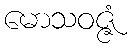
မောသဝဇ္ဇံ